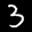
Label: 3